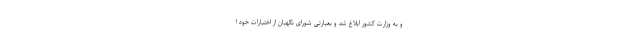
و به وزارت کشور ابلاغ شد و بعبارتی شورای نگهبان از اختیارات خود ا